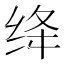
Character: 绛